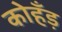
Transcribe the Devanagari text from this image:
कोहँड़